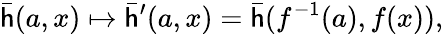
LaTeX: {\bar{\mathsf{h}}}(a,x)\mapsto{\bar{\mathsf{h}}}^{\prime}(a,x)={\bar{\mathsf{h}}}(f^{-1}(a),f(x)),